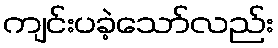
ကျင်းပခဲ့သော်လည်း